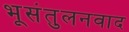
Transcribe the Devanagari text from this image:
भूसंतुलनवाद